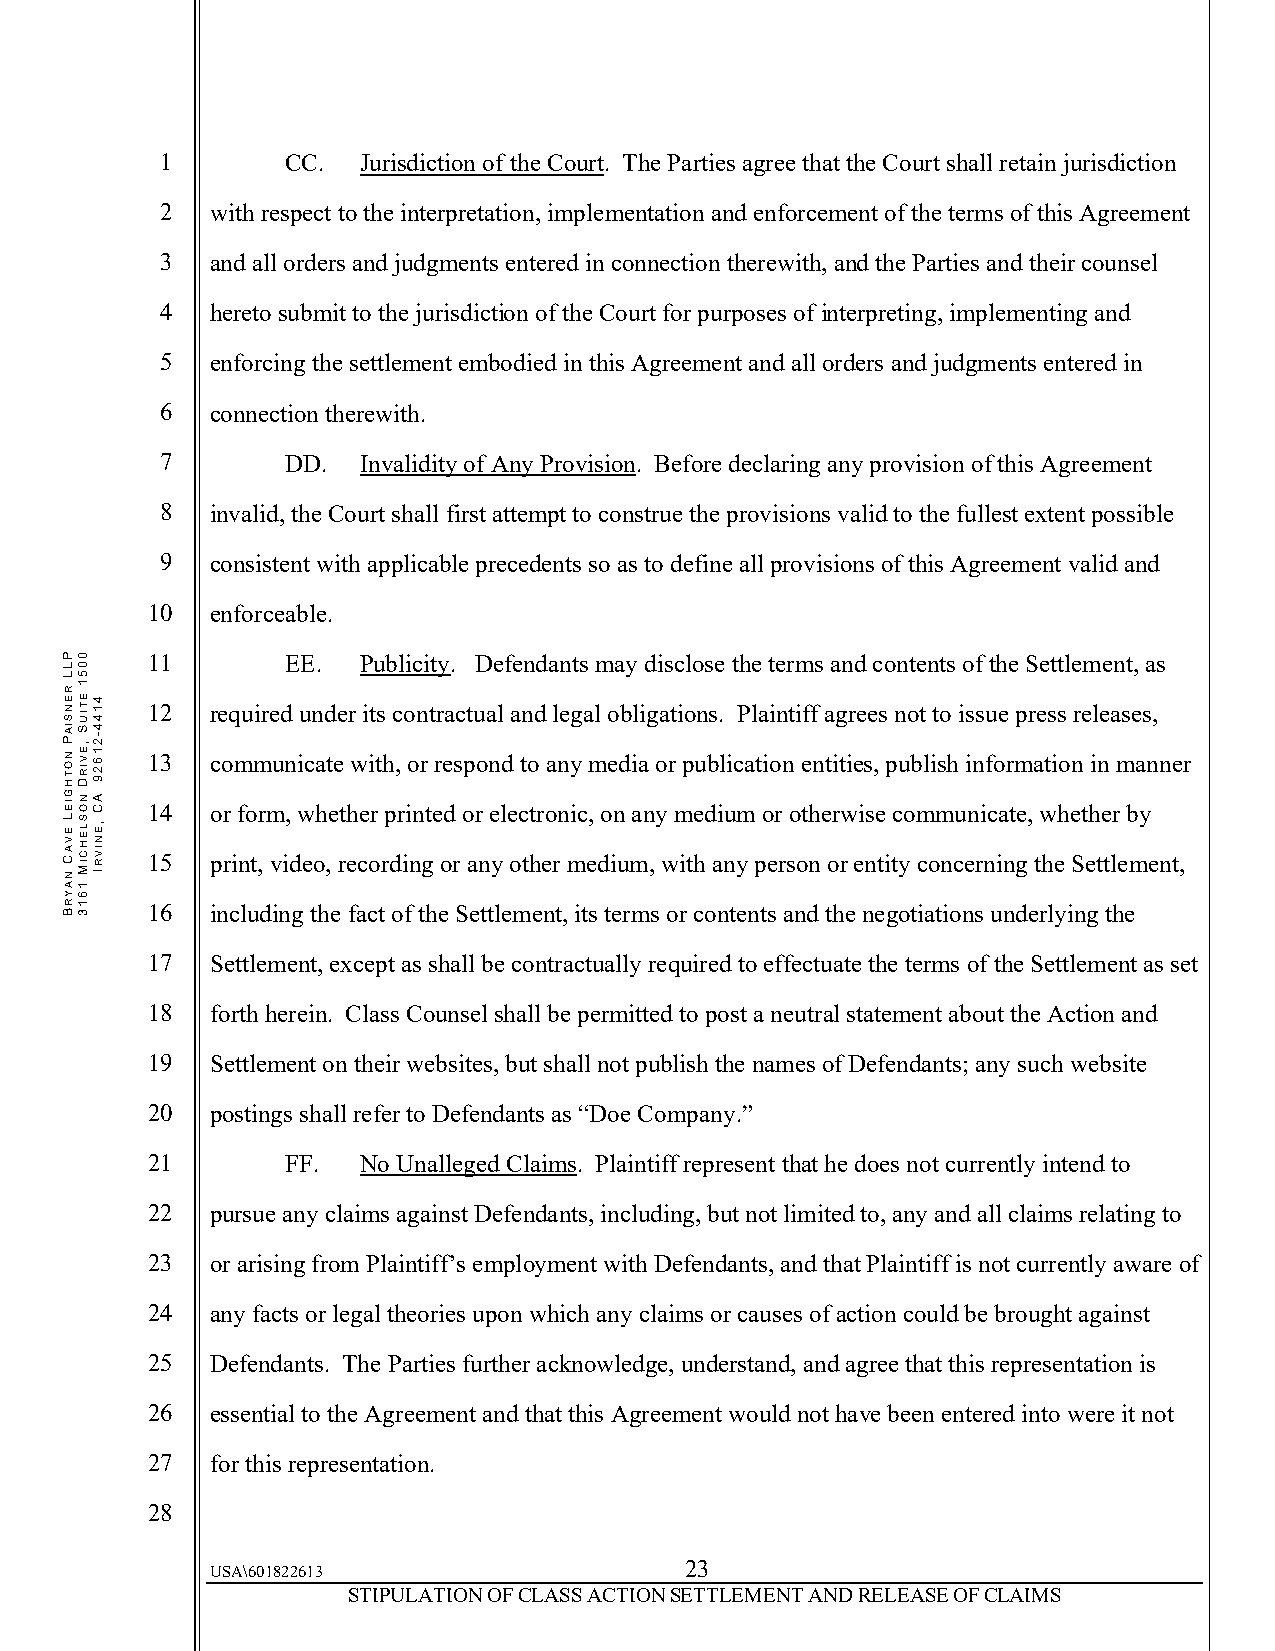
1       CC.  Jurisdiction of the Court. The Parties agree that the Court shall retain jurisdiction
 2  with respect to the interpretation, implementation and enforcement of the terms of this Agreement
 3  and all orders and judgments entered in connection therewith, and the Parties and their counsel
 4  hereto submit to the jurisdiction of the Court for purposes of interpreting, implementing and
 5  enforcing the settlement embodied in this Agreement and all orders and judgments entered in
 6  connection therewith.
 7       DD.  Invalidity of Any Provision. Before declaring any provision of this Agreement
 8  invalid, the Court shall first attempt to construe the provisions valid to the fullest extent possible
 9  consistent with applicable precedents so as to define all provisions of this Agreement valid and
 10  enforceable.
 11       EE.  Publicity. Defendants may disclose the terms and contents of the Settlement, as
 12  required under its contractual and legal obligations. Plaintiff agrees not to issue press releases,
 13  communicate with, or respond to any media or publication entities, publish information in manner
 14  or form, whether printed or electronic, on any medium or otherwise communicate, whether by
 15  print, video, recording or any other medium, with any person or entity concerning the Settlement,
 16  including the fact of the Settlement, its terms or contents and the negotiations underlying the
 17  Settlement, except as shall be contractually required to effectuate the terms of the Settlement as set
 18  forth herein. Class Counsel shall be permitted to post a neutral statement about the Action and
 19  Settlement on their websites, but shall not publish the names of Defendants; any such website
 20  postings shall refer to Defendants as “Doe Company.”
 21       FF.  No Unalleged Claims. Plaintiff represent that he does not currently intend to
 22  pursue any claims against Defendants, including, but not limited to, any and all claims relating to
 23  or arising from Plaintiff’s employment with Defendants, and that Plaintiff is not currently aware of
 24  any facts or legal theories upon which any claims or causes of action could be brought against
 25  Defendants. The Parties further acknowledge, understand, and agree that this representation is
 26  essential to the Agreement and that this Agreement would not have been entered into were it not
 27  for this representation.
 28
 23
 USA\601822613
 STIPULATION OF CLASS ACTION SETTLEMENT AND RELEASE OF CLAIMS
 PLL
 RENSIAP
 NOTHGIEL
 EVAC
 NAYRB
 0051
 ETIUS
 ,EVIRD
 NOSLEHCIM
 1613
 4144-21629
 AC
 ,ENIVRI